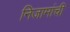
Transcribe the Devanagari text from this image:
निजामांची